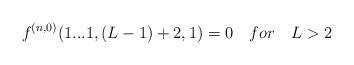
LaTeX: \begin{align*}f^{(n,0)}(1...1,(L-1)+2,1)=0 \quad for \quad L>2\end{align*}